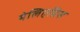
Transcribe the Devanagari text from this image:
मेलिएग्रिस